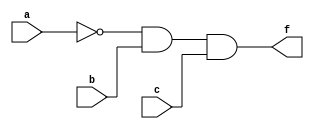
module example5_supply0_supply1( a,b,c,f  );
    input a,b,c;
    output f;
    supply0 gnd;
    supply1 vdd;
    wire t1, t2;
    
    nand g1(t1,vdd,a);
    xor g2(t2,b,gnd);
    and g3(f, t1,t2,c);
endmodule